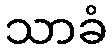
သာခံ